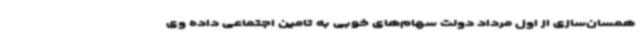
همسان‌سازی از اول مرداد دولت سهام‌های خوبی به تامین اجتماعی داده وی